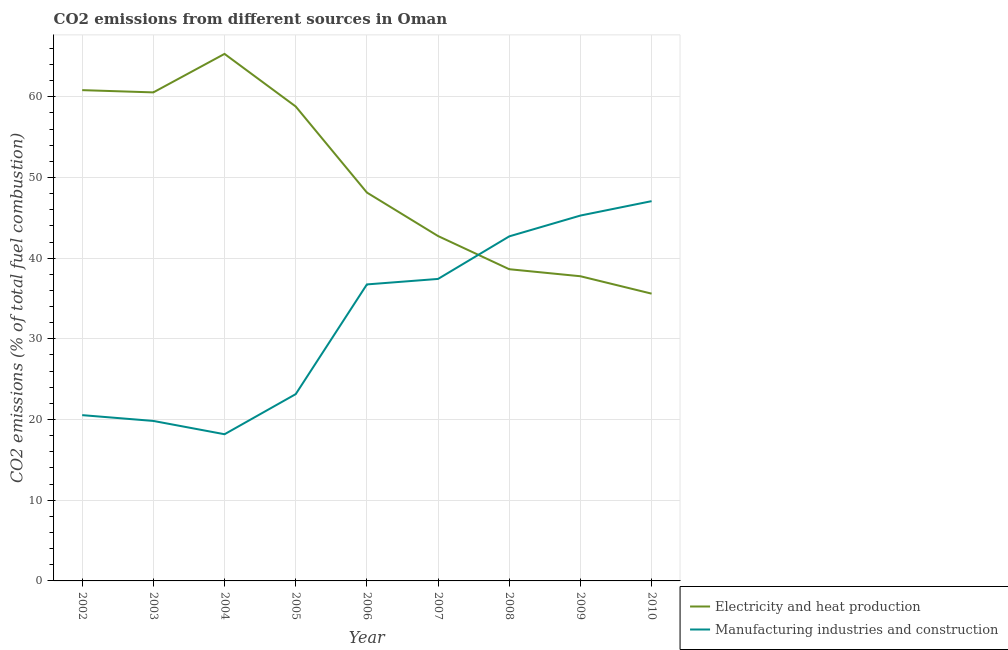
| Year | Electricity and heat production | Manufacturing industries and construction |
 | --- | --- | --- |
 | 2002 | 60.8 | 20.5 |
 | 2003 | 60.5 | 19.8 |
 | 2004 | 65.3 | 18.2 |
 | 2005 | 58.8 | 23.1 |
 | 2006 | 48.1 | 36.7 |
 | 2007 | 42.7 | 37.4 |
 | 2008 | 38.6 | 42.7 |
 | 2009 | 37.8 | 45.3 |
 | 2010 | 35.6 | 47.1 |